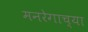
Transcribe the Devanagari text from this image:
मनरेगाच्या